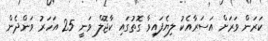
ކަރަން ވަރަށް އަސަރާއެކު ލިޔެފައިވާ ގޮތުގައި ކާޖޮލް ވަނީ 25 އަހަރު ވަންދެން